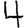
Digit: 4